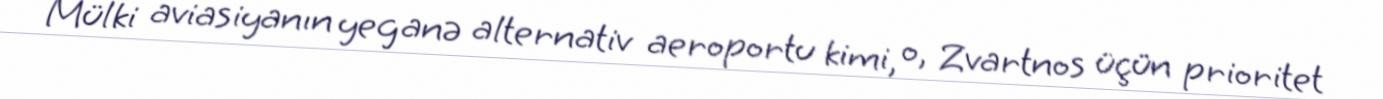
Mülki aviasiyanın yeganə alternativ aeroportu kimi, o, Zvartnos üçün prioritet